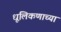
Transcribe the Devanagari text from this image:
धूलिकणाच्या